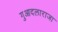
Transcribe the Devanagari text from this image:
गुआदलाराजा